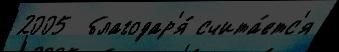
2005  благодар'я́ счита́етс'я